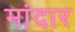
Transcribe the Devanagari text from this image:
मांदार